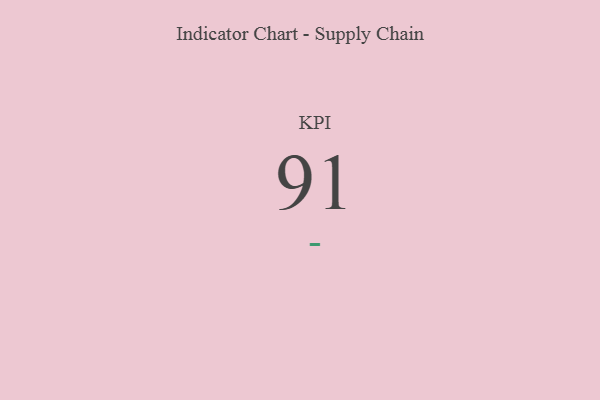
{"axis": {"x": "KPI", "y": "Value"}, "legend": [""], "data": [{"x": "KPI", "y": 91, "type": ""}]}